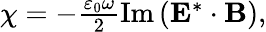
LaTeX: \begin{array}{r}{\chi=-\frac{\varepsilon_{0}\omega}{2}\operatorname{Im}\left(\mathbf{E}^{*}\cdot\mathbf{B}\right),}\end{array}